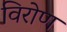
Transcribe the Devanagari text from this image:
विरोण